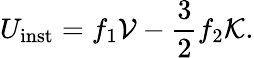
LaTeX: U_{\mathrm{inst}}=f_{1}\mathcal{V}-\frac{3}{2}f_{2}\mathcal{K}.